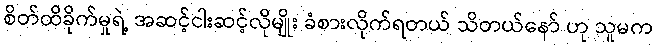
စိတ်ထိခိုက်မှုရဲ့ အဆင့်ငါးဆင့်လိုမျိုး ခံစားလိုက်ရတယ် သိတယ်နော် ဟု သူမက